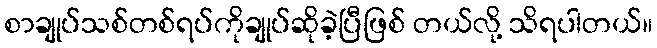
စာချုပ်သစ်တစ်ရပ်ကိုချုပ်ဆိုခဲ့ပြီဖြစ် တယ်လို့ သိရပါတယ်။